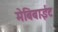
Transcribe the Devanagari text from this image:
मेबिबाईट